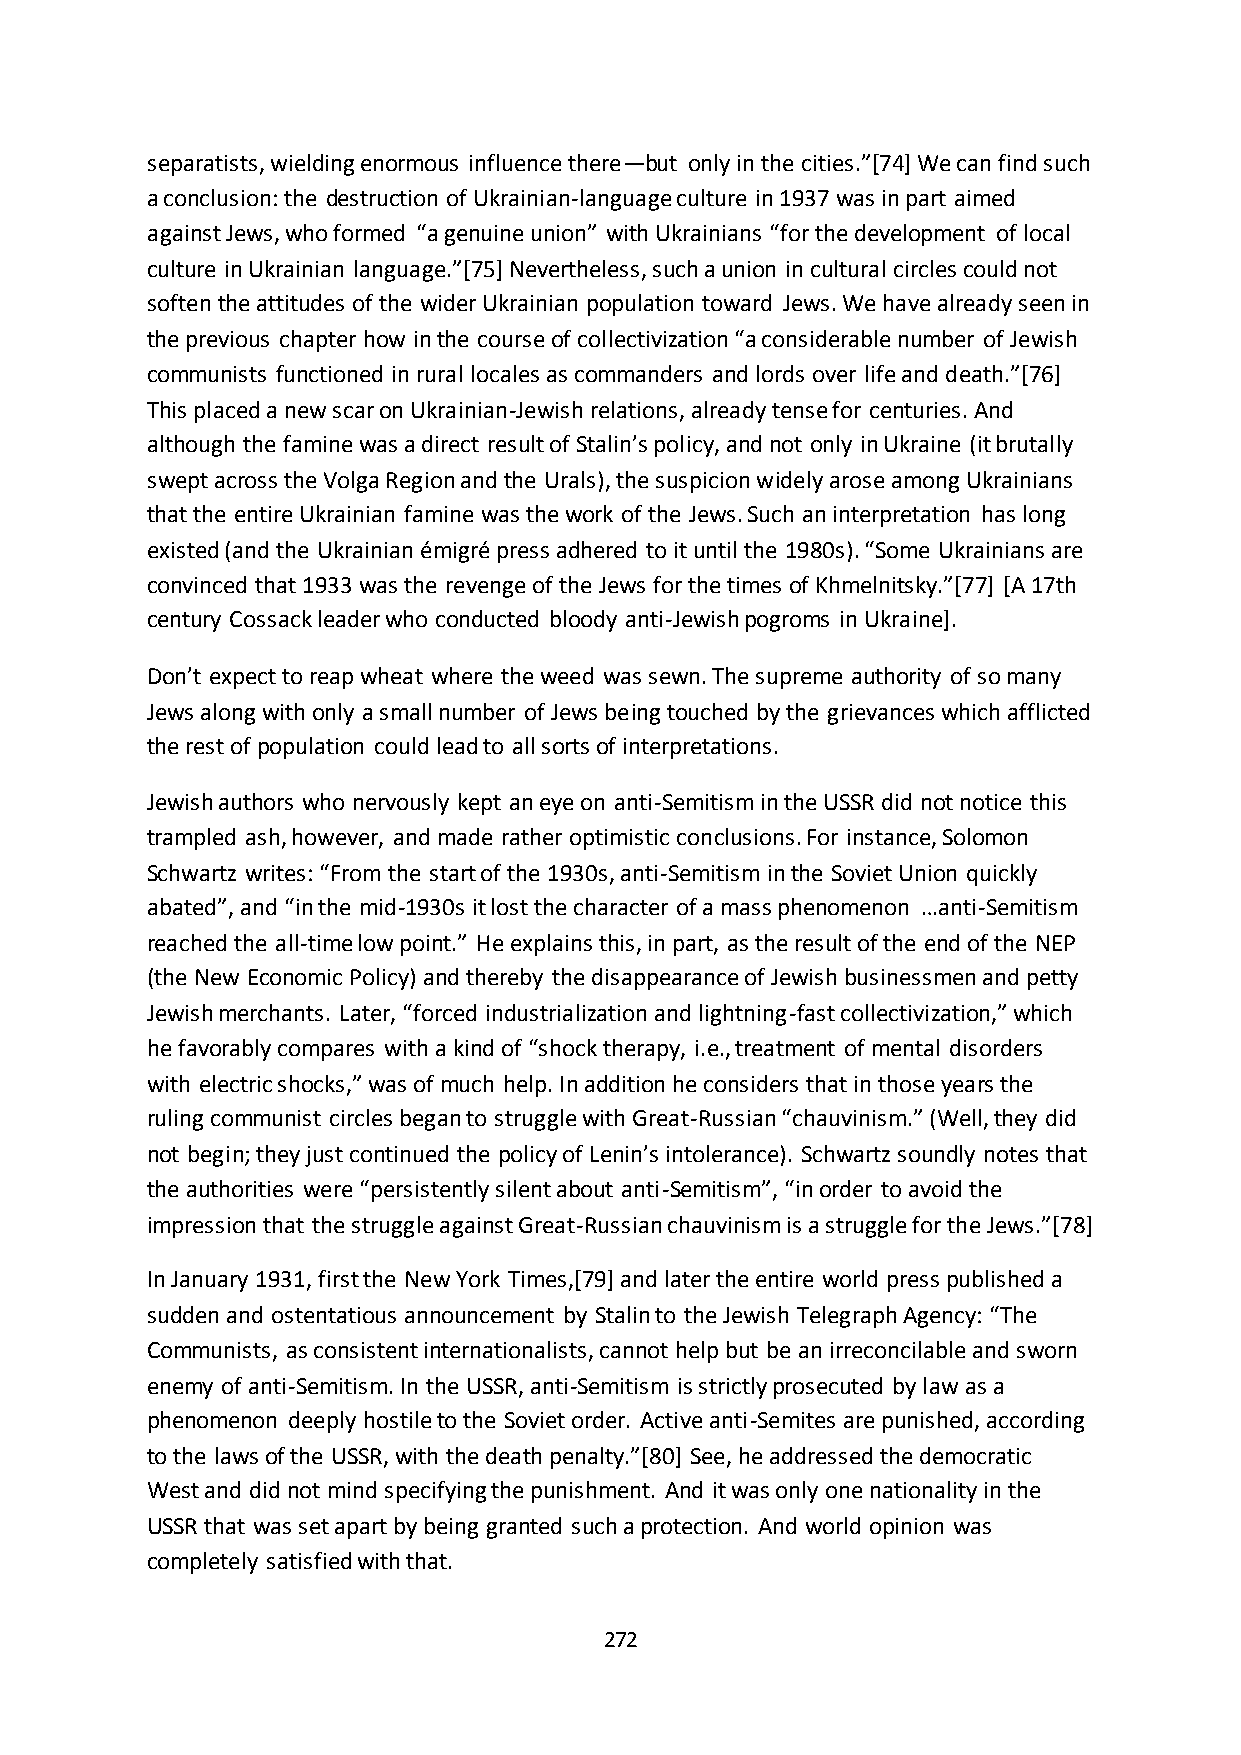
separatists, wielding enormous influence there—but only in the cities.”*74+ We can find such
 a conclusion: the destruction of Ukrainian-language culture in 1937 was in part aimed
 against Jews, who formed “a genuine union” with Ukrainians “for the development of local
 culture in Ukrainian language.”*75+ Nevertheless, such a union in cultural circles could not
 soften the attitudes of the wider Ukrainian population toward Jews. We have already seen in
 the previous chapter how in the course of collectivization “a considerable number of Jewish
 communists functioned in rural locales as commanders and lords over life and death.”*76+
 This placed a new scar on Ukrainian-Jewish relations, already tense for centuries. And
 although the famine was a direct result of Stalin’s policy, and not only in Ukraine (it brutally
 swept across the Volga Region and the Urals), the suspicion widely arose among Ukrainians
 that the entire Ukrainian famine was the work of the Jews. Such an interpretation has long
 existed (and the Ukrainian émigré press adhered to it until the 1980s). “Some Ukrainians are
 convinced that 1933 was the revenge of the Jews for the times of Khmelnitsky.”*77+ *A 17th
 century Cossack leader who conducted bloody anti-Jewish pogroms in Ukraine].
 Don’t expect to reap wheat where the weed was sewn. The supreme authority of so many
 Jews along with only a small number of Jews being touched by the grievances which afflicted
 the rest of population could lead to all sorts of interpretations.
 Jewish authors who nervously kept an eye on anti-Semitism in the USSR did not notice this
 trampled ash, however, and made rather optimistic conclusions. For instance, Solomon
 Schwartz writes: “From the start of the 1930s, anti-Semitism in the Soviet Union quickly
 abated”, and “in the mid-1930s it lost the character of a mass phenomenon …anti-Semitism
 reached the all-time low point.” He explains this, in part, as the result of the end of the NEP
 (the New Economic Policy) and thereby the disappearance of Jewish businessmen and petty
 Jewish merchants. Later, “forced industrialization and lightning-fast collectivization,” which
 he favorably compares with a kind of “shock therapy, i.e., treatment of mental disorders
 with electric shocks,” was of much help. In addition he considers that in those years the
 ruling communist circles began to struggle with Great-Russian “chauvinism.” (Well, they did
 not begin; they just continued the policy of Lenin’s intolerance). Schwartz soundly notes that
 the authorities were “persistently silent about anti-Semitism”, “in order to avoid the
 impression that the struggle against Great-Russian chauvinism is a struggle for the Jews.”*78+
 In January 1931, first the New York Times,[79] and later the entire world press published a
 sudden and ostentatious announcement by Stalin to the Jewish Telegraph Agency: “The
 Communists, as consistent internationalists, cannot help but be an irreconcilable and sworn
 enemy of anti-Semitism. In the USSR, anti-Semitism is strictly prosecuted by law as a
 phenomenon deeply hostile to the Soviet order. Active anti-Semites are punished, according
 to the laws of the USSR, with the death penalty.”*80+ See, he addressed the democratic
 West and did not mind specifying the punishment. And it was only one nationality in the
 USSR that was set apart by being granted such a protection. And world opinion was
 completely satisfied with that.
 272